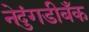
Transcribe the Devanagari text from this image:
नेदुंगडीबँक